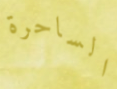
الساحرة